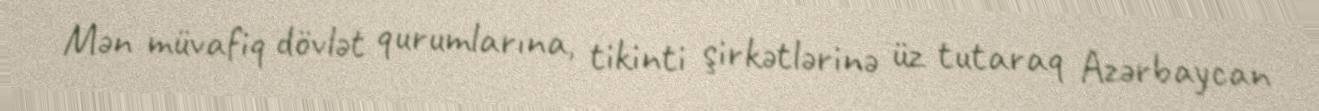
Mən müvafiq dövlət qurumlarına, tikinti şirkətlərinə üz tutaraq Azərbaycan